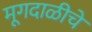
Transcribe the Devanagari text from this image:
मूगदाळीचे